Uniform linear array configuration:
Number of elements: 48
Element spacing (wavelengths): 0.5
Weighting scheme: hann
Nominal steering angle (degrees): -15
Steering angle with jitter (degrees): -14.471
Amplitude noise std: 0.05
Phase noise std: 0.05

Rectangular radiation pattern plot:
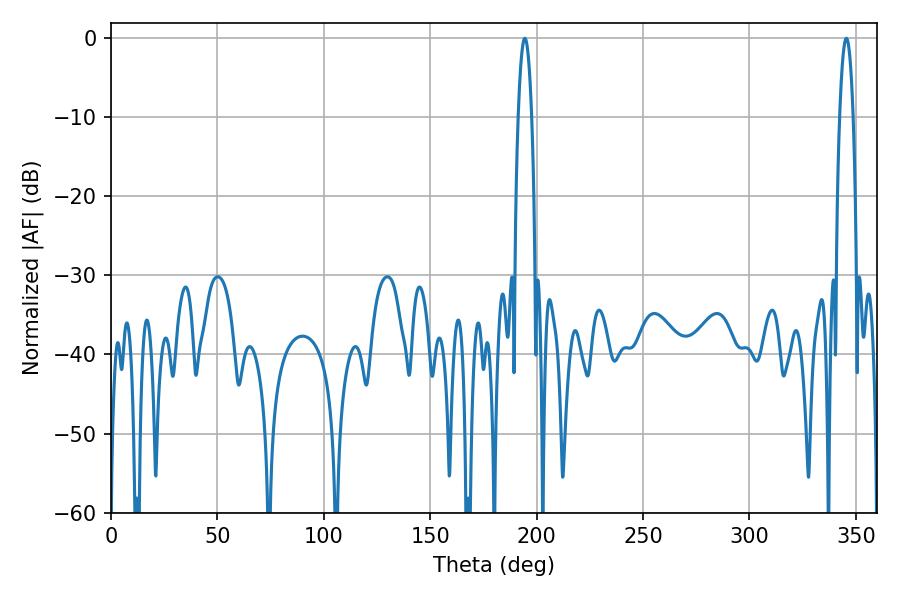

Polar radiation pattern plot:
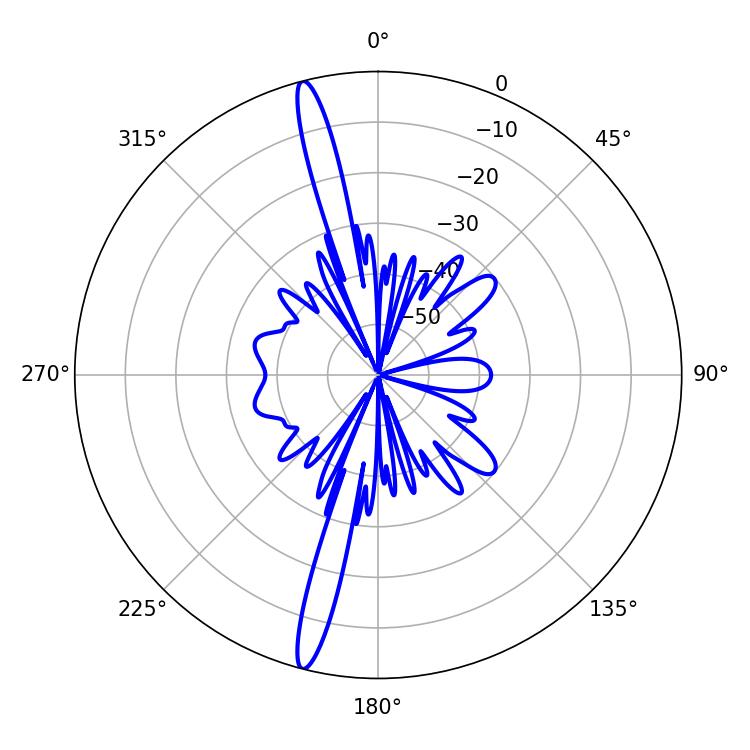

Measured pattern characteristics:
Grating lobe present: FALSE
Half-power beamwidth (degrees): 3.42
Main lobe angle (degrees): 194.4